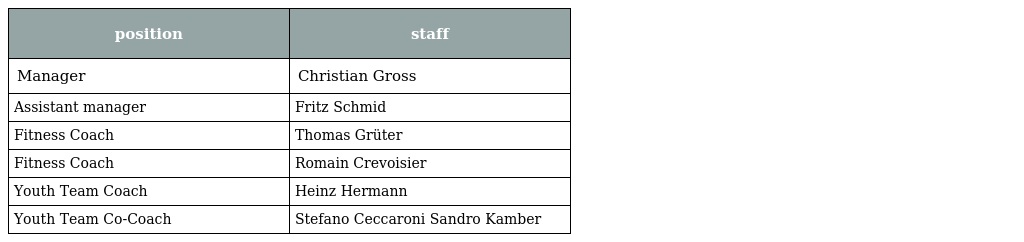
| position | staff |
 | --- | --- |
 | Manager | Christian Gross |
 | Assistant manager | Fritz Schmid |
 | Fitness Coach | Thomas Grüter |
 | Fitness Coach | Romain Crevoisier |
 | Youth Team Coach | Heinz Hermann |
 | Youth Team Co-Coach | Stefano Ceccaroni Sandro Kamber |